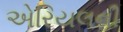
એરિયલની